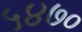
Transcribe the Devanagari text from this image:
५४७०